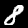
Label: 8